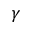
\gamma